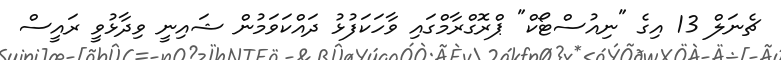
ޗެނަލް 13 އިގެ "ނިއުސްޓޯކް" ޕްރޮގްރާމްގައި ވާހަކަފުޅު ދައްކަވަމުން ޝައިނީ ވިދާޅުވީ ރައީސް